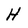
Character: H